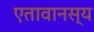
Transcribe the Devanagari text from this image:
एतावानस्य